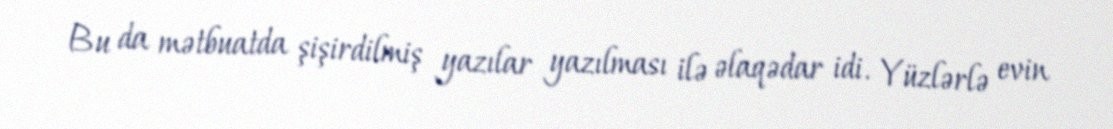
Bu da mətbuatda şişirdilmiş yazılar yazılması ilə əlaqədar idi. Yüzlərlə evin